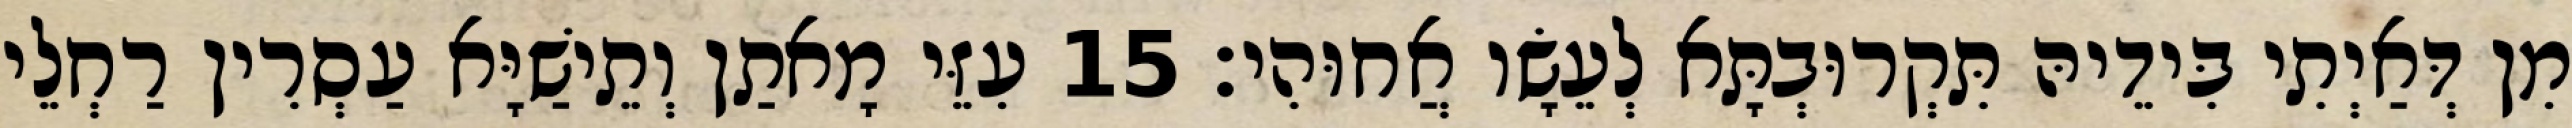
מִן דְּאַיְתִי בִּידֵיהּ תִּקְרוּבְתָּא לְעֵשָׂו אֲחוּהִי׃ 15 עִזֵּי מָאתַן וְתֵישַׁיָּא עַסְרִין רַחְלֵי